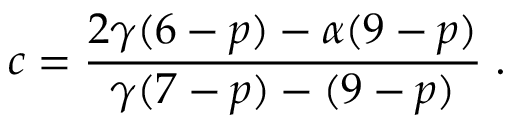
c = \frac { 2 \gamma ( 6 - p ) - \alpha ( 9 - p ) } { \gamma ( 7 - p ) - ( 9 - p ) } \; .